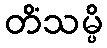
တိံသမ္ပိ